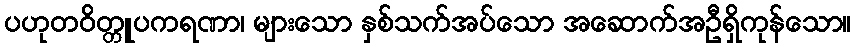
ပဟုတဝိတ္တူပကရဏာ၊ များသော နှစ်သက်အပ်သော အဆောက်အဦရှိကုန်သော။